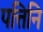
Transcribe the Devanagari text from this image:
पत्तिनि